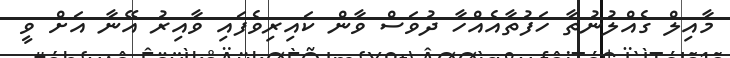
މާއިލް ގެއްލުނުތާ ހަފުތާއެއްހާ ދުވަސް ވާން ކައިރިވެފައި ވާއިރު އޭނާ އަށް ވީ